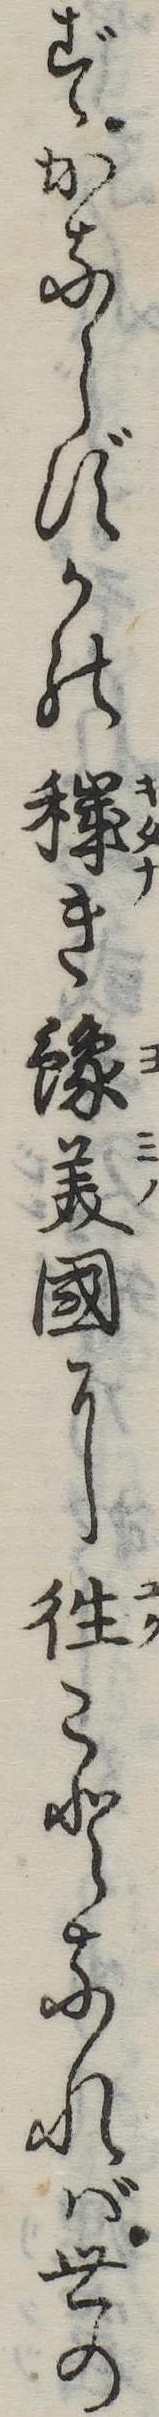
ずかならずかの穢き予美国に往ことなれば世の